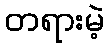
တရားမဲ့